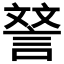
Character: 𮘝